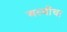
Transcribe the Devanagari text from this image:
अस्थींचा